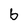
Character: b